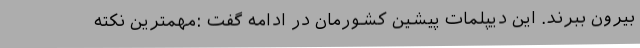
بیرون ببرند. این دیپلمات پیشین کشورمان در ادامه گفت :مهمترین نکته